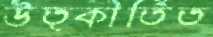
উত্কীর্তিত